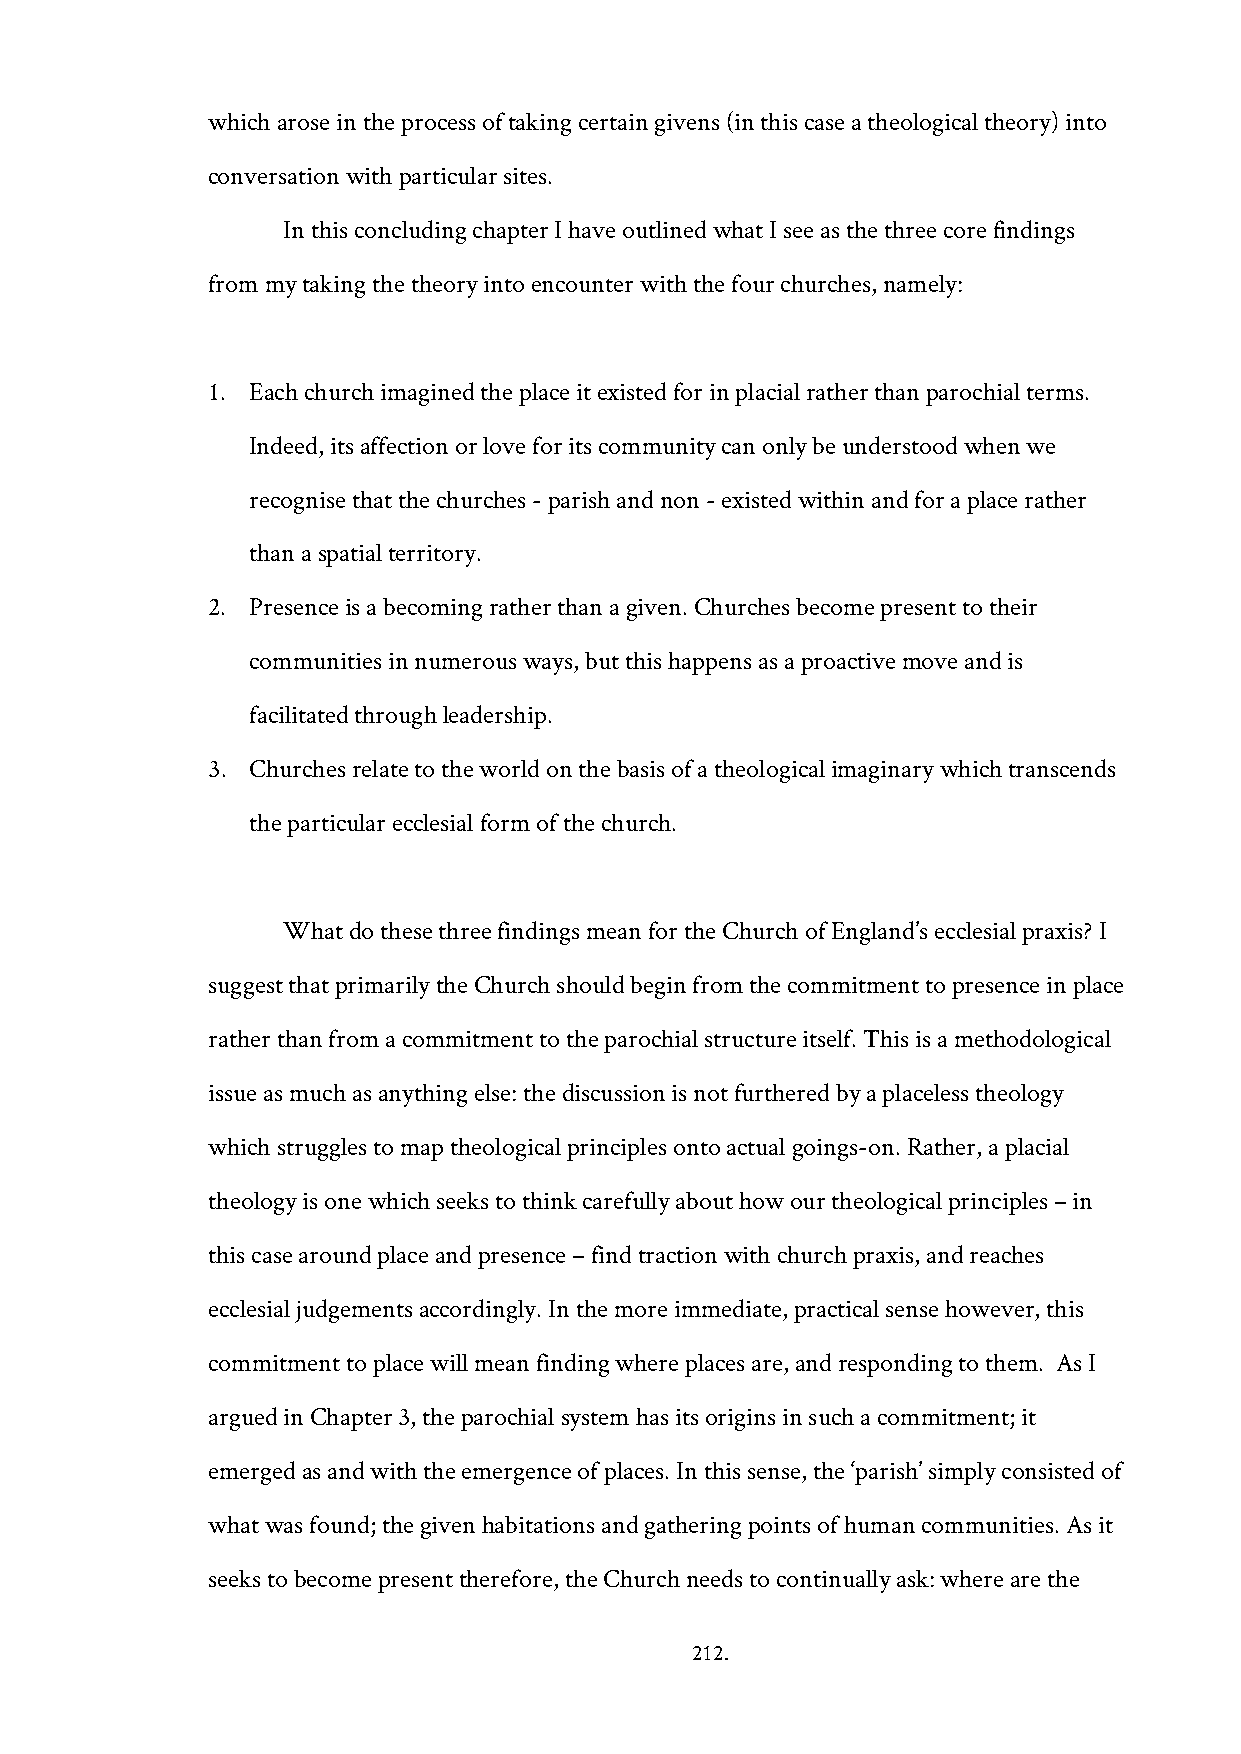
which arose in the process of taking certain givens (in this case a theological theory) into
 conversation with particular sites.
 In this concluding chapter I have outlined what I see as the three core findings
 from my taking the theory into encounter with the four churches, namely:
 1. Each church imagined the place it existed for in placial rather than parochial terms.
 Indeed, its affection or love for its community can only be understood when we
 recognise that the churches - parish and non - existed within and for a place rather
 than a spatial territory.
 2. Presence is a becoming rather than a given. Churches become present to their
 communities in numerous ways, but this happens as a proactive move and is
 facilitated through leadership.
 3. Churches relate to the world on the basis of a theological imaginary which transcends
 the particular ecclesial form of the church.
 What do these three findings mean for the Church of England’s ecclesial praxis? I
 suggest that primarily the Church should begin from the commitment to presence in place
 rather than from a commitment to the parochial structure itself. This is a methodological
 issue as much as anything else: the discussion is not furthered by a placeless theology
 which struggles to map theological principles onto actual goings-on. Rather, a placial
 theology is one which seeks to think carefully about how our theological principles – in
 this case around place and presence – find traction with church praxis, and reaches
 ecclesial judgements accordingly. In the more immediate, practical sense however, this
 commitment to place will mean finding where places are, and responding to them. As I
 argued in Chapter 3, the parochial system has its origins in such a commitment; it
 emerged as and with the emergence of places. In this sense, the ‘parish’ simply consisted of
 what was found; the given habitations and gathering points of human communities. As it
 seeks to become present therefore, the Church needs to continually ask: where are the
 212.